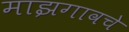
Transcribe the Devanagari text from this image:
माझगावचे